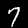
Digit: 7